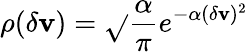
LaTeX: \rho(\delta\mathbf{v})=\sqrt{}{{\frac{{\alpha}}{{\pi}}}}e^{-\alpha(\delta\mathbf{v})^{2}}